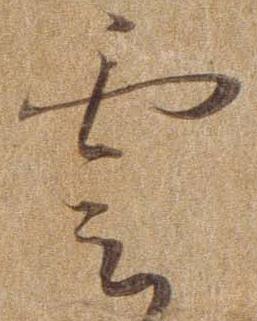
雲